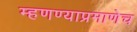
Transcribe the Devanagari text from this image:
म्हणण्याप्रमाणेच